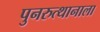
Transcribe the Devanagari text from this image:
पुनरुत्थानाला